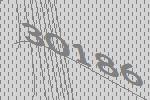
30186